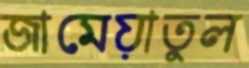
জামেয়াতুল